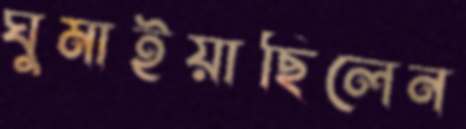
ঘুমাইয়াছিলেন